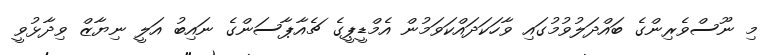
މި ނޫސްވެރިންގެ ބައްދަލުވުމުގައި ވާހަކަދައްކަވަމުން އެމްޑީޕީގެ ޗެއާޕާސަންގެ ނައިބު އަލީ ނިޔާޒް ވިދާޅުވީ